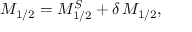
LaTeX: M _ { 1 / 2 } = M _ { 1 / 2 } ^ { S } + \delta \, M _ { 1 / 2 } ,